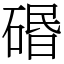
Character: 䃉